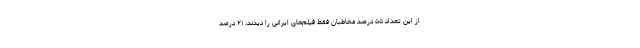
از این تعداد ۵۵ درصد مخاطبان فقط فیلم‌های ایرانی را دیدند، ۲۱ درصد